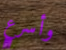
وأسرع